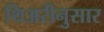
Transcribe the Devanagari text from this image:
थिअरीनुसार